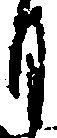
月